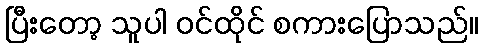
ပြီးတော့ သူပါ ဝင်ထိုင် စကားပြောသည်။